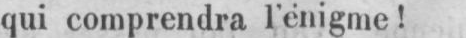
qui comprendra l’énigme!